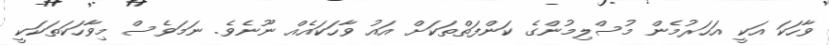
ވާހަކަ އަކީ އަހަރުމެން މުސްލިމުންގެ ކަންފަތްތަކަށް އައު ވާހަކައެއް ނޫނެވެ. ނަމަވެސް މިވާހަކަތަކަކީ